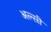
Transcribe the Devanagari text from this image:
अल्सी